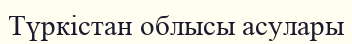
Түркістан облысы асулары